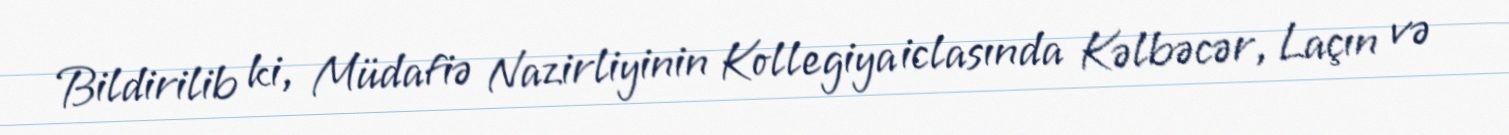
Bildirilib ki, Müdafiə Nazirliyinin Kollegiya iclasında Kəlbəcər, Laçın və